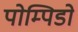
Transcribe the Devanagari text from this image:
पोम्पिडो